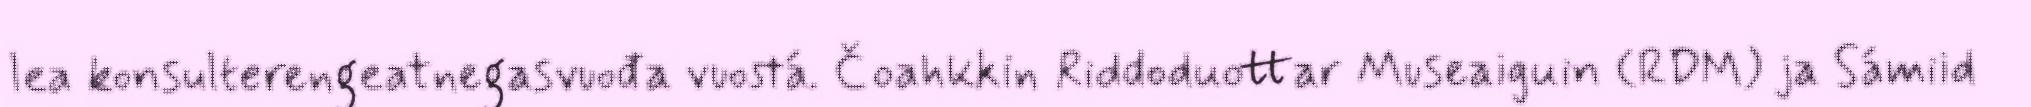
lea konsulterengeatnegasvuođa vuostá. Čoahkkin Riddoduottar Museaiguin (RDM) ja Sámiid